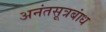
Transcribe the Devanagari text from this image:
अनंतसूत्रबांध